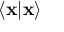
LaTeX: \langle \mathbf { x } | \mathbf { x } \rangle